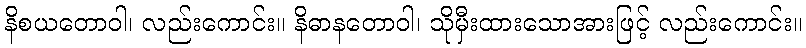
နိစယတောဝါ၊ လည်းကောင်း။ နိဓာနတောဝါ၊ သိုမှီးထားသောအားဖြင့် လည်းကောင်း။